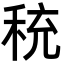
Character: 𬓦